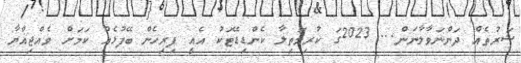
ޝަރުތެއް ދަންނަވާލާނަން... 2023ގަ ކުރިމަތިލާ ކެންޑިޑޭޓަކު އެއީ ފިރިހެން ބޭފުޅެއް ކަމަށް ވެއްޖިއްޔާ